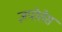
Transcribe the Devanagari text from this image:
ज़पोतेस